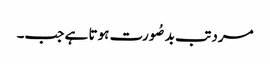
مرد تب بدصُورت ہوتا ہے جب۔